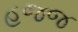
હજજ